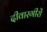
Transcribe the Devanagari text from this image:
दीवारगीरों